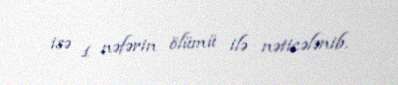
isə 1 nəfərin ölümü ilə nəticələnib.